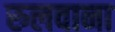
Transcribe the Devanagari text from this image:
रुलवाना